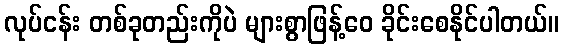
လုပ်ငန်း တစ်ခုတည်းကိုပဲ များစွာဖြန့်ဝေ ခိုင်းစေနိုင်ပါတယ်။